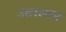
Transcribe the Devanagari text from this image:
उतरलास